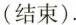
(结束).